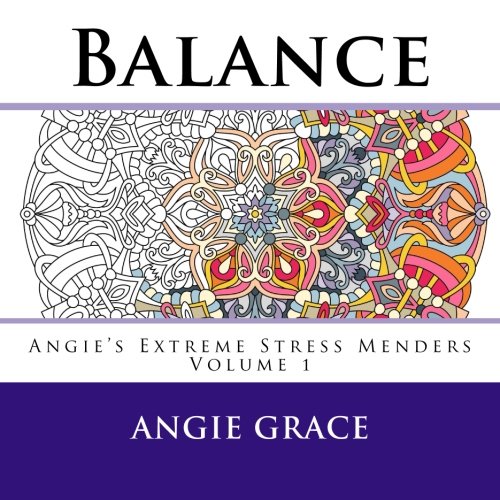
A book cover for Balance (Angie's Extreme Stress Menders Volume 1); Angie Grace; Humor & Entertainment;